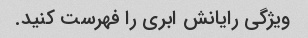
ویژگی رایانش ابری را فهرست کنید.